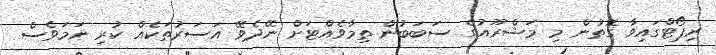
ރިޕޯޓްގައިވާ ގޮތުން މި މަޝްރޫއުގެ ސަބަބުން ތިމާވެއްޓަށް ނޭދެވޭ އަސަރުތަކެއް ކުރި ނަމަވެސް